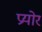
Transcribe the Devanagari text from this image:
प्रयोर